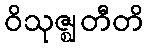
ဝိသုဇ္ဈတီတိ